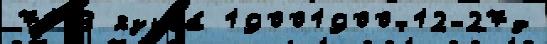
71 В языка́ 19001900-12-27д